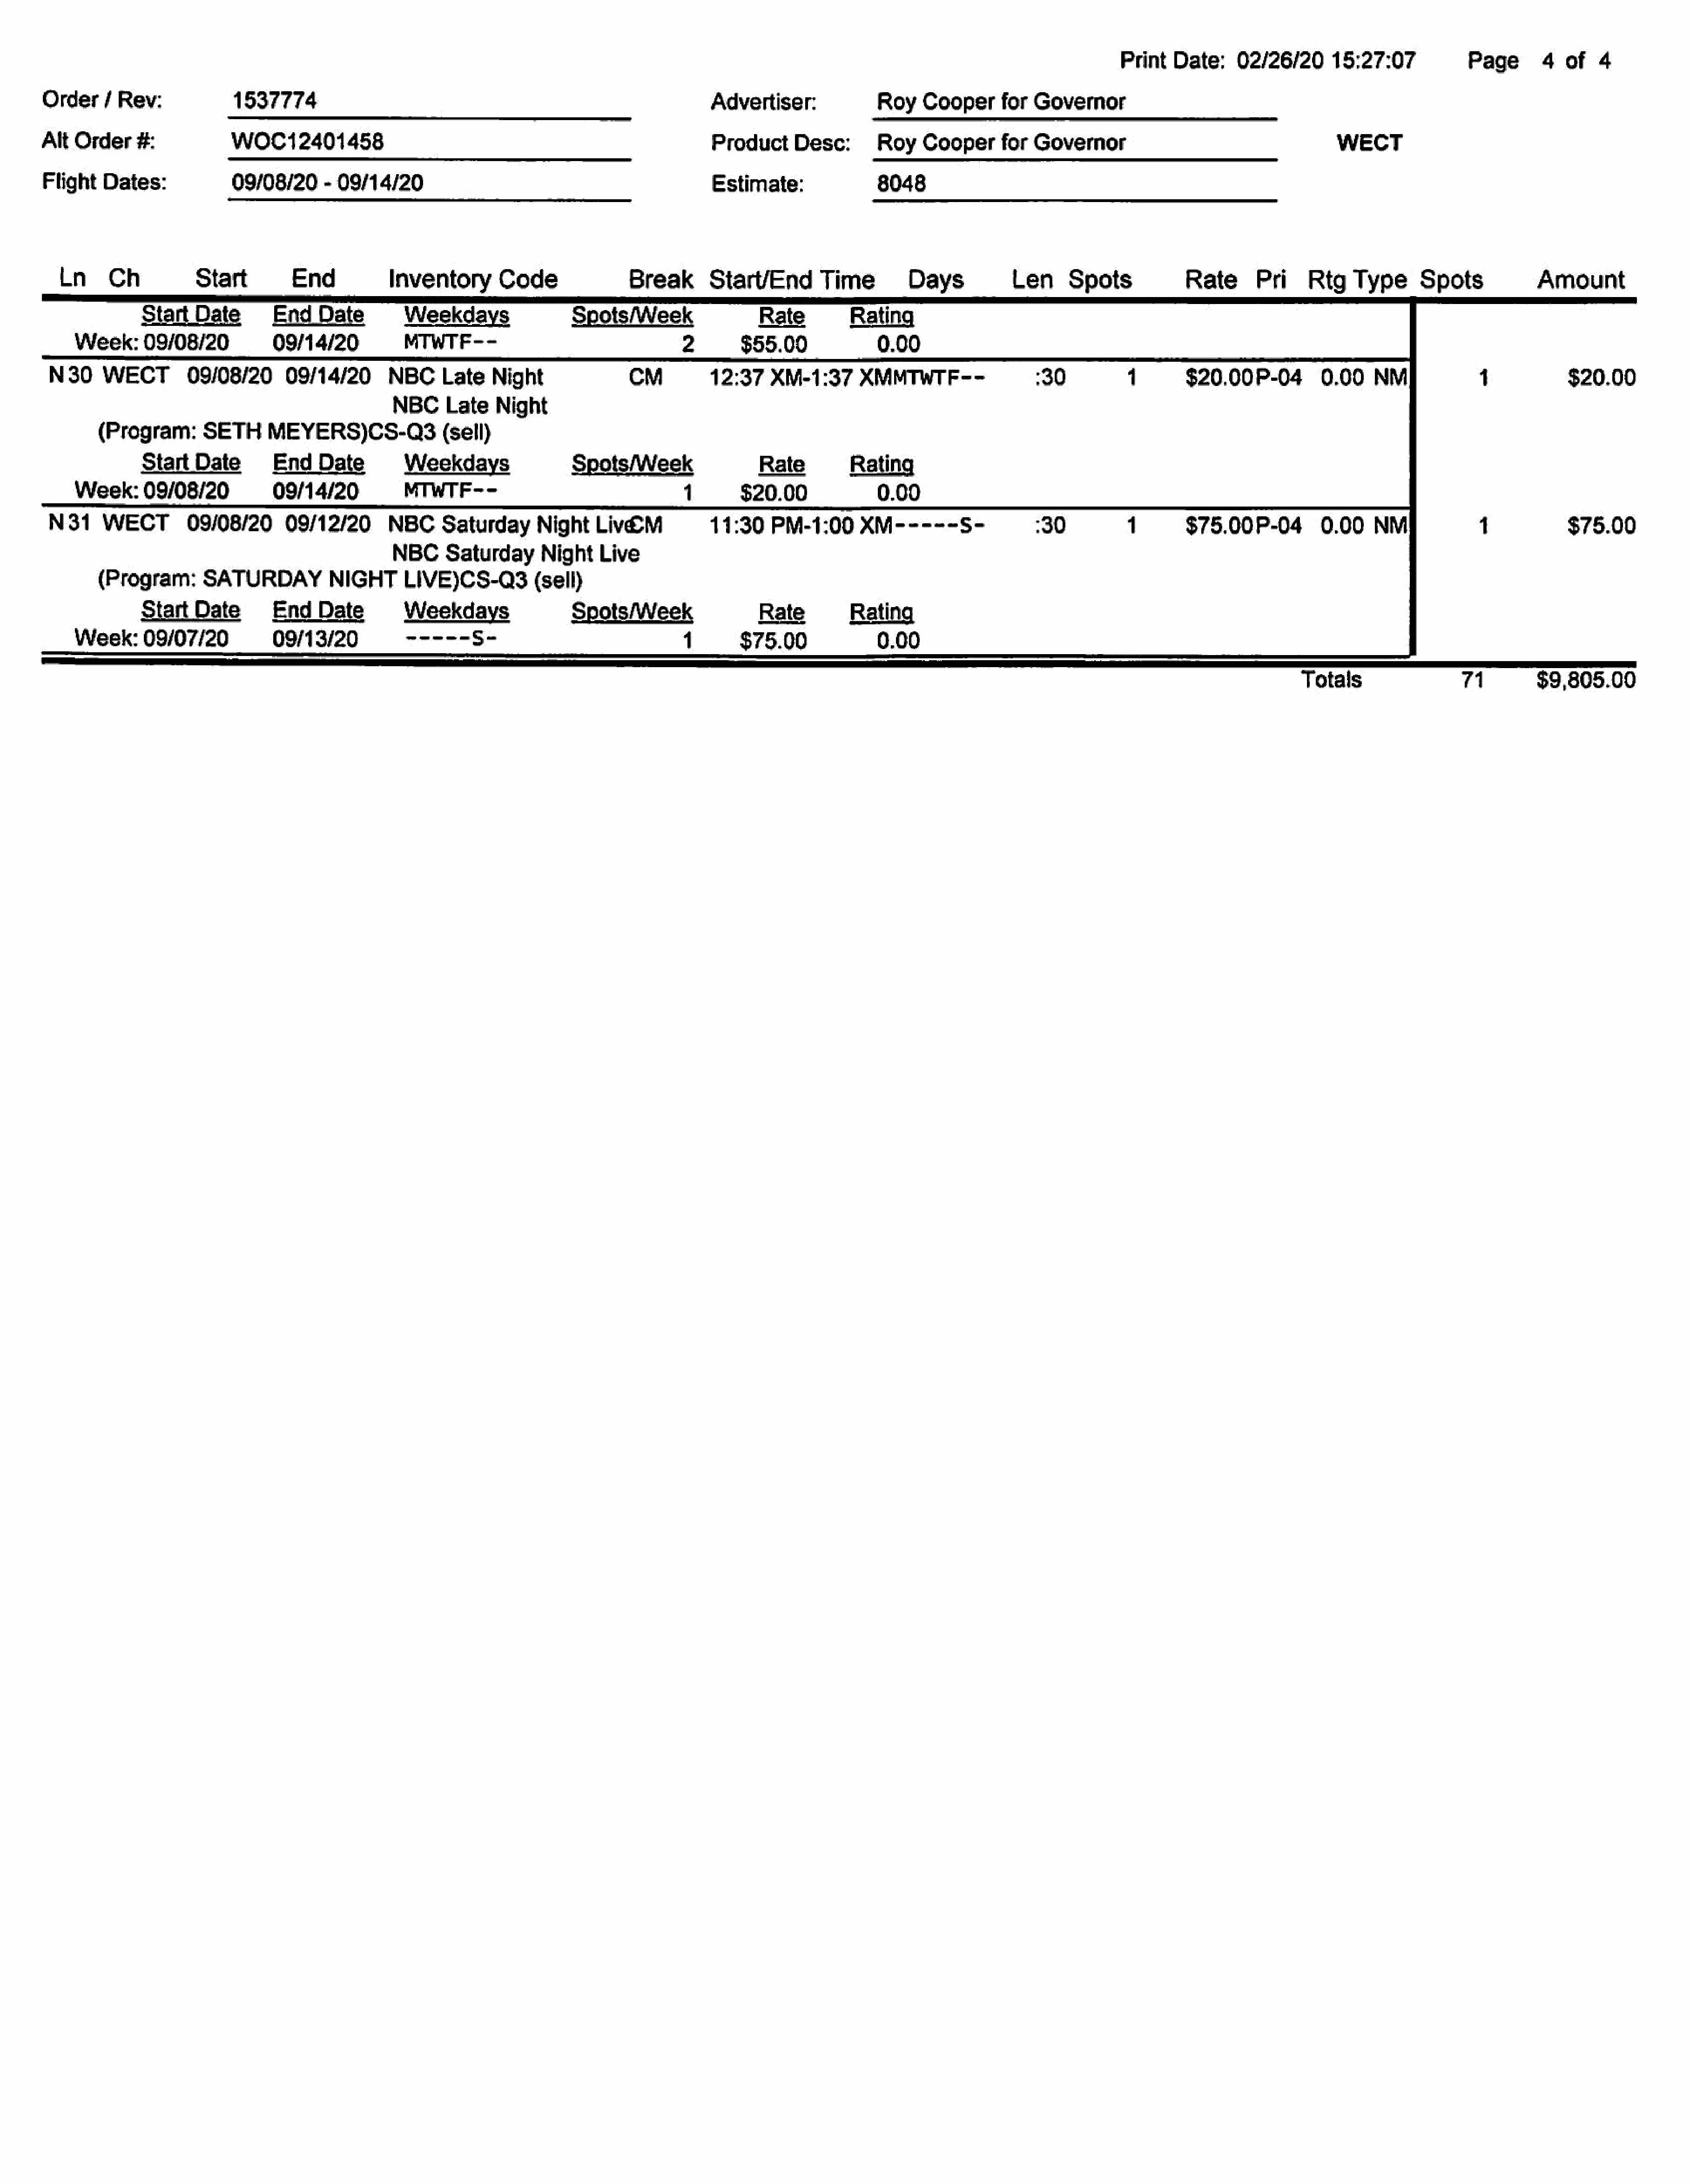
Print   Date:    02/26/20     15:27:07            Page      4   of  4
 Order/     Rev:            1537774                                                             Advertiser:             Roy   Cooperfor       Governor
 Alt  Order   #:            WOC12401458                                                         Product     Desc:       Roy   Cooper     for  Governor                                   WECT
 Flight   Dates:            09/08/20     - 09/14/20                                             Estimate:               8048
 Ln    Ch           Start         End          Inventory       Code               Break      StarlEnd        Time        Days           Len     Spots            Rate      Pri    Rtg   Type      Spots            Amount
 StartDate          Date              Weekdays                Spots/Week                 Rate         Rating
 Week:    09/08/20__09/14/20__—                 MTWTF--                                2       $55.00              0.00
 N30     WECT        09/08/20      09/14/20      NBCLate        Night               CM         12:37    XM-1:37     XMMTWTF--                :30                   $20.00P-04         0.00   NM             1            $20.00
 NBCLate        Night
 (Program:      SETH     MEYERS)CS-Q3(sell)
 StartDate          EndDate           Weekdays                Spots/Week                 Rate         Rating
 Week:    09/08/20           __09/14/20___—     MIWTF--                                1___    $20.00              0.00
 N31     WECT        09/08/20      09/12/20      NBC     Saturday     Night    Liv€M           11:30    PM-1:00     XM-----        S-        :30                   $75.00P-04         0.00    NM            1            $75.00
 NBC    Saturday      Night   Live
 (Program:      SATURDAY          NIGHTLIVE)CS-Q3(sell)
 StartDate          EndDate           Weekdays                Spots/Week                 Rate         Rating
 Week:    09/07/20           09/13  /20.        -----'S    -                           1       $75.00              0.00
 Totals                 71         $9,805.00